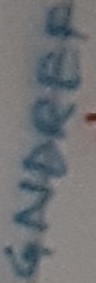
Text: GNDREF